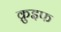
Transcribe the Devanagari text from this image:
क्रुइफ